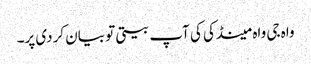
واہ جی واہ مینڈکی کی آپ بیتی تو بیان کردی پر۔